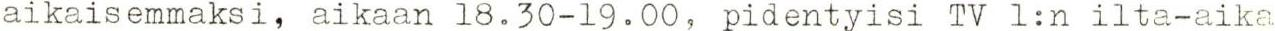
aikaisemmaksi, aikaan 18.30-19.00, pidentyisi Tv 1:n ilta-aika